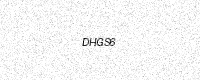
Text: DHGS6